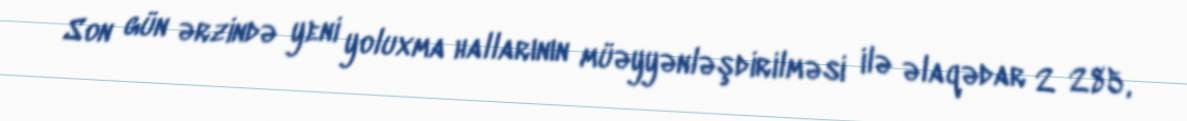
Son gün ərzində yeni yoluxma hallarının müəyyənləşdirilməsi ilə əlaqədar 2 285,